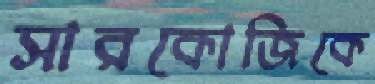
সারকোজিকে